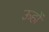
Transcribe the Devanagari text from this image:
ऊहों